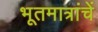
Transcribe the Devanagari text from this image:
भूतमात्रांचें